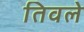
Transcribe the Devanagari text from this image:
तिवले